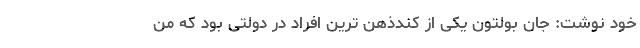
خود نوشت: جان بولتون یکی از کندذهن ترین افراد در دولتی بود که من